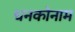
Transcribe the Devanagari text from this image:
धनकोनाम